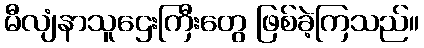
မီလျံနာသူဌေးကြီးတွေ ဖြစ်ခဲ့ကြသည်။